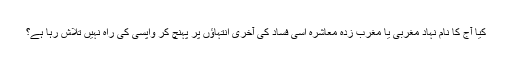
کیا آج کا نام نہاد مغربی یا مغرب زدہ معاشرہ اسی فساد کی آخری انتہاؤں پر پہنچ کر واپسی کی راہ نہیں تلاش رہا ہے؟